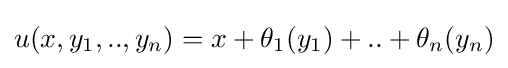
u(x,y_{1},..,y_{n})=x+\theta _{1}(y_{1})+..+\theta _{n}(y_{n})